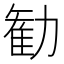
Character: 勧